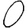
Digit: 0